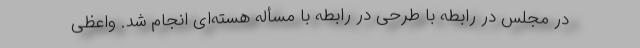
در مجلس در رابطه با طرحی در رابطه با مسأله هسته‌ای انجام شد. واعظی